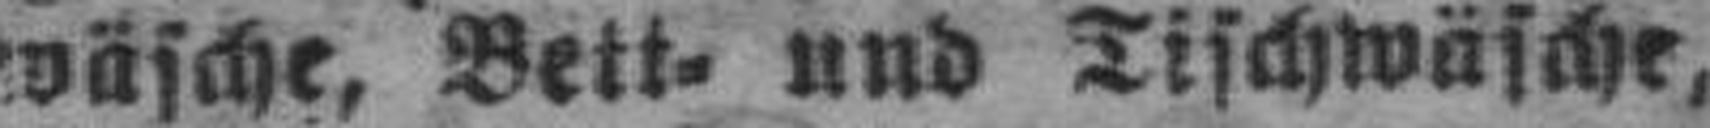
wäsche, Bett= und Tischwäsche,